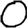
Digit: 0